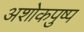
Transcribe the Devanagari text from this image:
अशोकपुष्प